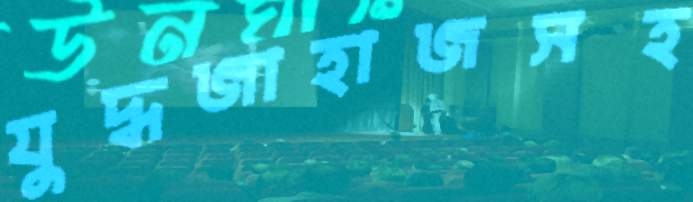
যুদ্ধজাহাজসহ